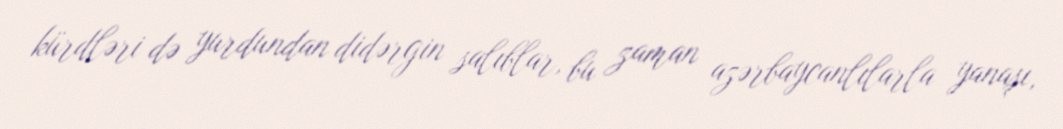
kürdləri də yurdundan didərgin salıblar, bu zaman azərbaycanlılarla yanaşı,